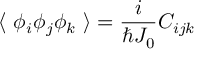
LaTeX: \langle ~ \phi _ { i } \phi _ { j } \phi _ { k } ~ \rangle = \frac { i } { \hbar J _ { 0 } } C _ { i j k }